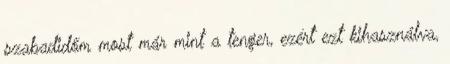
szabadidőm most már mint a tenger, ezért ezt kihasználva,